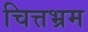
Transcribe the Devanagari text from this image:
चित्तभ्रम